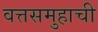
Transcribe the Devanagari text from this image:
वत्तसमुहाची